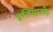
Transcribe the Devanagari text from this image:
इतियाडोह